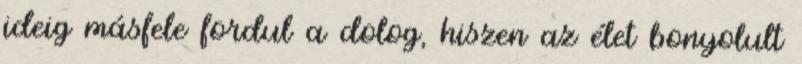
ideig másfele fordul a dolog, hiszen az élet bonyolult